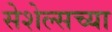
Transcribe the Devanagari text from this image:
सेशेल्सच्या